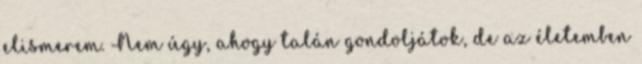
elismerem. Nem úgy, ahogy talán gondoljátok, de az életemben